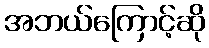
အဘယ်ကြောင့်ဆို